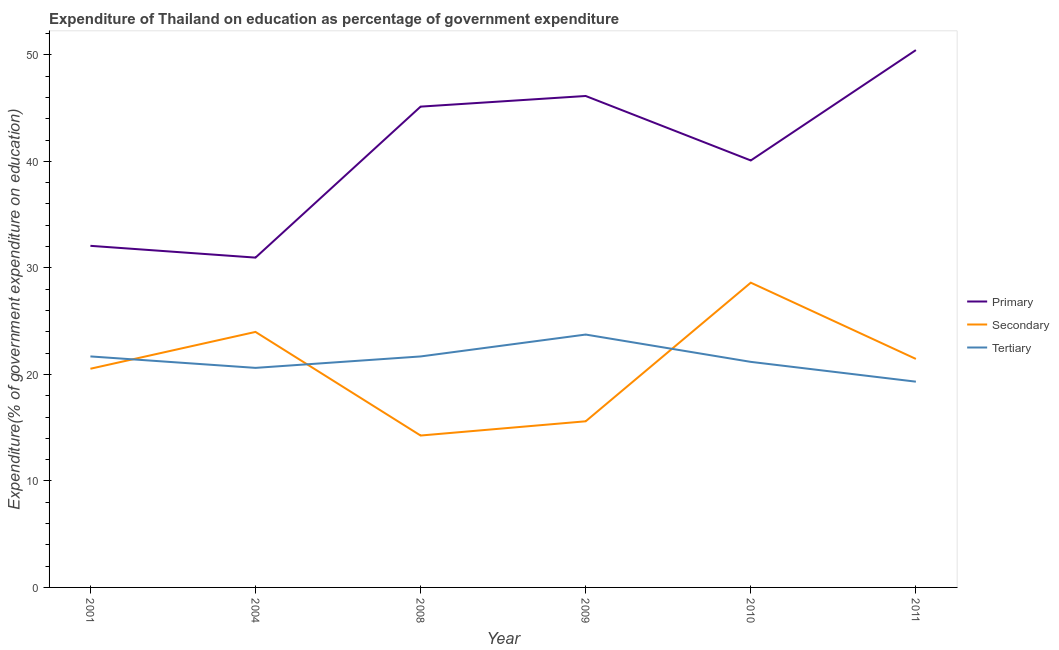
| Year | Primary | Secondary | Tertiary |
 | --- | --- | --- | --- |
 | 2001 | 32.1 | 20.5 | 21.7 |
 | 2004 | 31 | 24 | 20.6 |
 | 2008 | 45.1 | 14.3 | 21.7 |
 | 2009 | 46.1 | 15.6 | 23.7 |
 | 2010 | 40.1 | 28.6 | 21.2 |
 | 2011 | 50.4 | 21.5 | 19.3 |